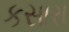
કસારા